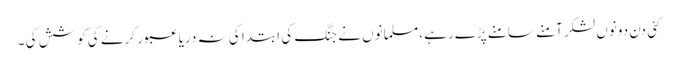
کئی دن دونوں لشکر آمنے سامنے پڑے رہے ،مسلمانوں نے جنگ کی ابتدا کی نہ دریا عبور کرنے کی کوشش کی ۔